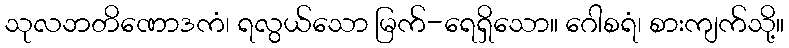
သုလဘတိဏောဒကံ၊ ရလွယ်သော မြက်-ရေရှိသော။ ဂေါစရံ၊ စားကျက်သို့။